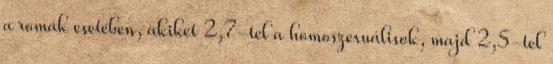
a romák esetében, akiket 2,7-tel a homoszexuálisok, majd 2,5-tel